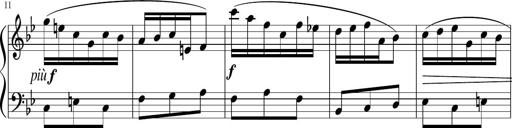
Title: 12 Keyboard Sonatinas
Composer: James Hook